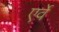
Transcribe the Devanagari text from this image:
एर्वे